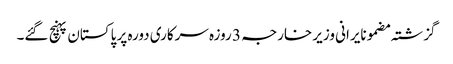
گزشتہ مضمونایرانی وزیر خارجہ 3 روزہ سرکاری دورہ پر پاکستان پہنچ گئے۔